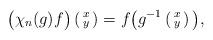
LaTeX: \begin{align*}\big(\chi_n (g) f \big)\left( \begin{smallmatrix} x \\ y \end{smallmatrix} \right) = f\big( g^{-1} \left( \begin{smallmatrix} x \\ y \end{smallmatrix} \right) \big), \end{align*}